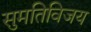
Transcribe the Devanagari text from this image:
सुमतिविजय